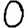
Digit: 0